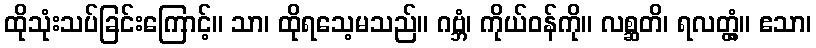
ထိုသုံးသပ်ခြင်းကြောင့်။ သာ၊ ထိုရသေ့မသည်။ ဂဗ္ဘံ၊ ကိုယ်ဝန်ကို။ လစ္ဆတိ၊ ရလတ္တံ့။ ဧသာ၊